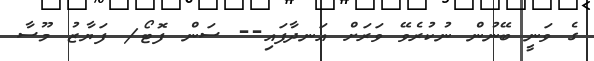
ގެ ވަނީ ބޭނުން ނުކުރެވޭ ވަރަށް އަނދާފައި-- ސަން ފޮޓޯ/ ފަޔާޒު މޫސާ